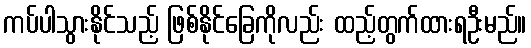
ကပ်ပါသွားနိုင်သည့် ဖြစ်နိုင်ခြေကိုလည်း ထည့်တွက်ထားရဦးမည်။